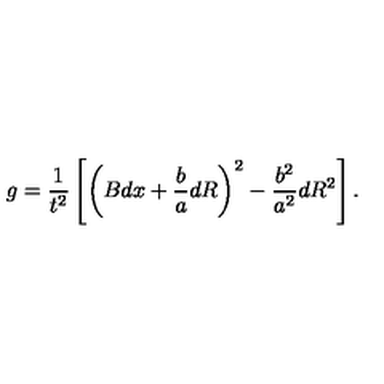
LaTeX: g = { \frac { 1 } { t ^ { 2 } } } \left[ \left( B d x + { \frac { b } { a } } d R \right) ^ { 2 } - { \frac { b ^ { 2 } } { a ^ { 2 } } } d R ^ { 2 } \right] .